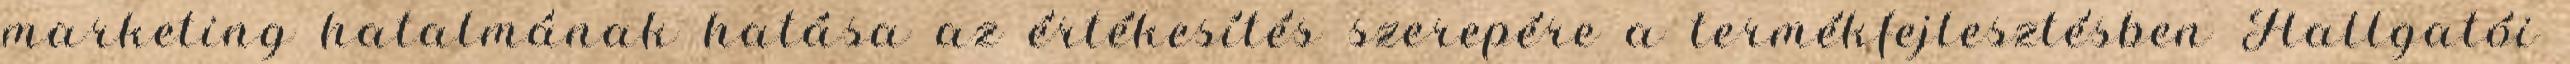
marketing hatalmának hatása az értékesítés szerepére a termékfejlesztésben Hallgatói